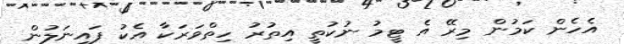
އެހެން ކަމުން މިރޭ އެ ޓީމު ނުކުތީ އިތުރު ހިތްވަރަކާ އެކު ފައިނަލުން